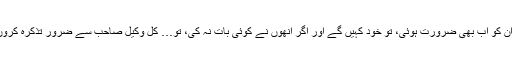
اگر ان کو اب بھی ضرورت ہوئی، تو خود کہیں گے اور اگر انھوں نے کوئی بات نہ کی، تو… کل وکیل صاحب سے ضرور تذکرہ کروں گا۔